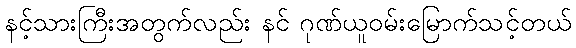
နင့်သားကြီးအတွက်လည်း နင် ဂုဏ်ယူဝမ်းမြောက်သင့်တယ်